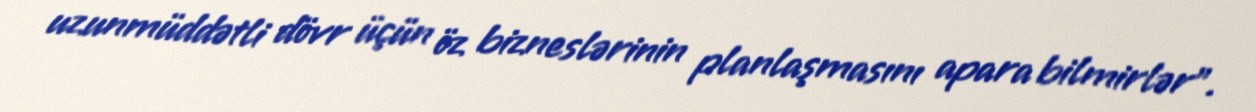
uzunmüddətli dövr üçün öz bizneslərinin planlaşmasını apara bilmirlər”.